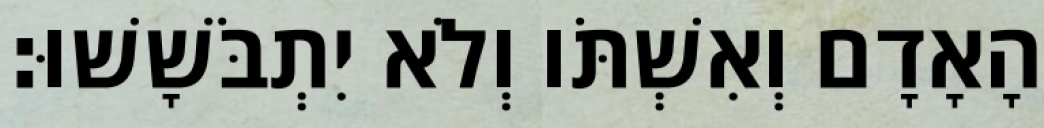
הָאָדָם וְאִשְׁתֹּו וְלֹא יִתְבֹּשָׁשׁוּ׃